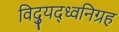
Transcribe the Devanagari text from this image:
विद्युद्ध्वनिग्रह